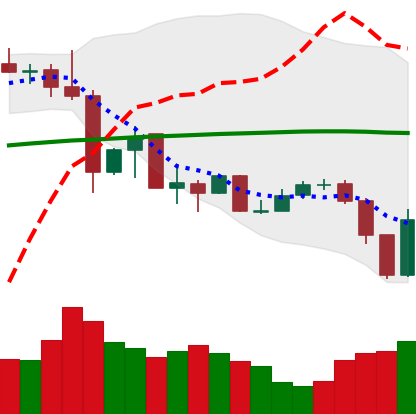
Ticker: XLM-USD
Chart end date: 2019-07-12
Forward return: -17.697%
Label: down_7plus